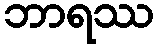
ဘာရဿ